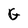
Character: G